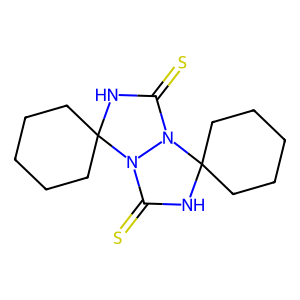
SMILES: S=C1NC2(CCCCC2)N2C(=S)NC3(CCCCC3)N12
Inhibits HIV replication: No